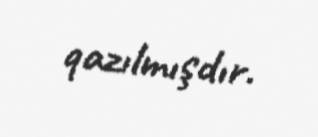
qazılmışdır.